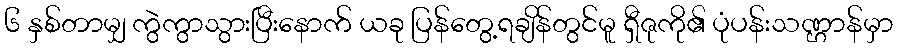
၆ နှစ်တာမျှ ကွဲကွာသွားပြီးနောက် ယခု ပြန်တွေ့ရချိန်တွင်မူ ရှီဇုကို၏ ပုံပန်းသဏ္ဌာန်မှာ